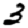
Digit: 3